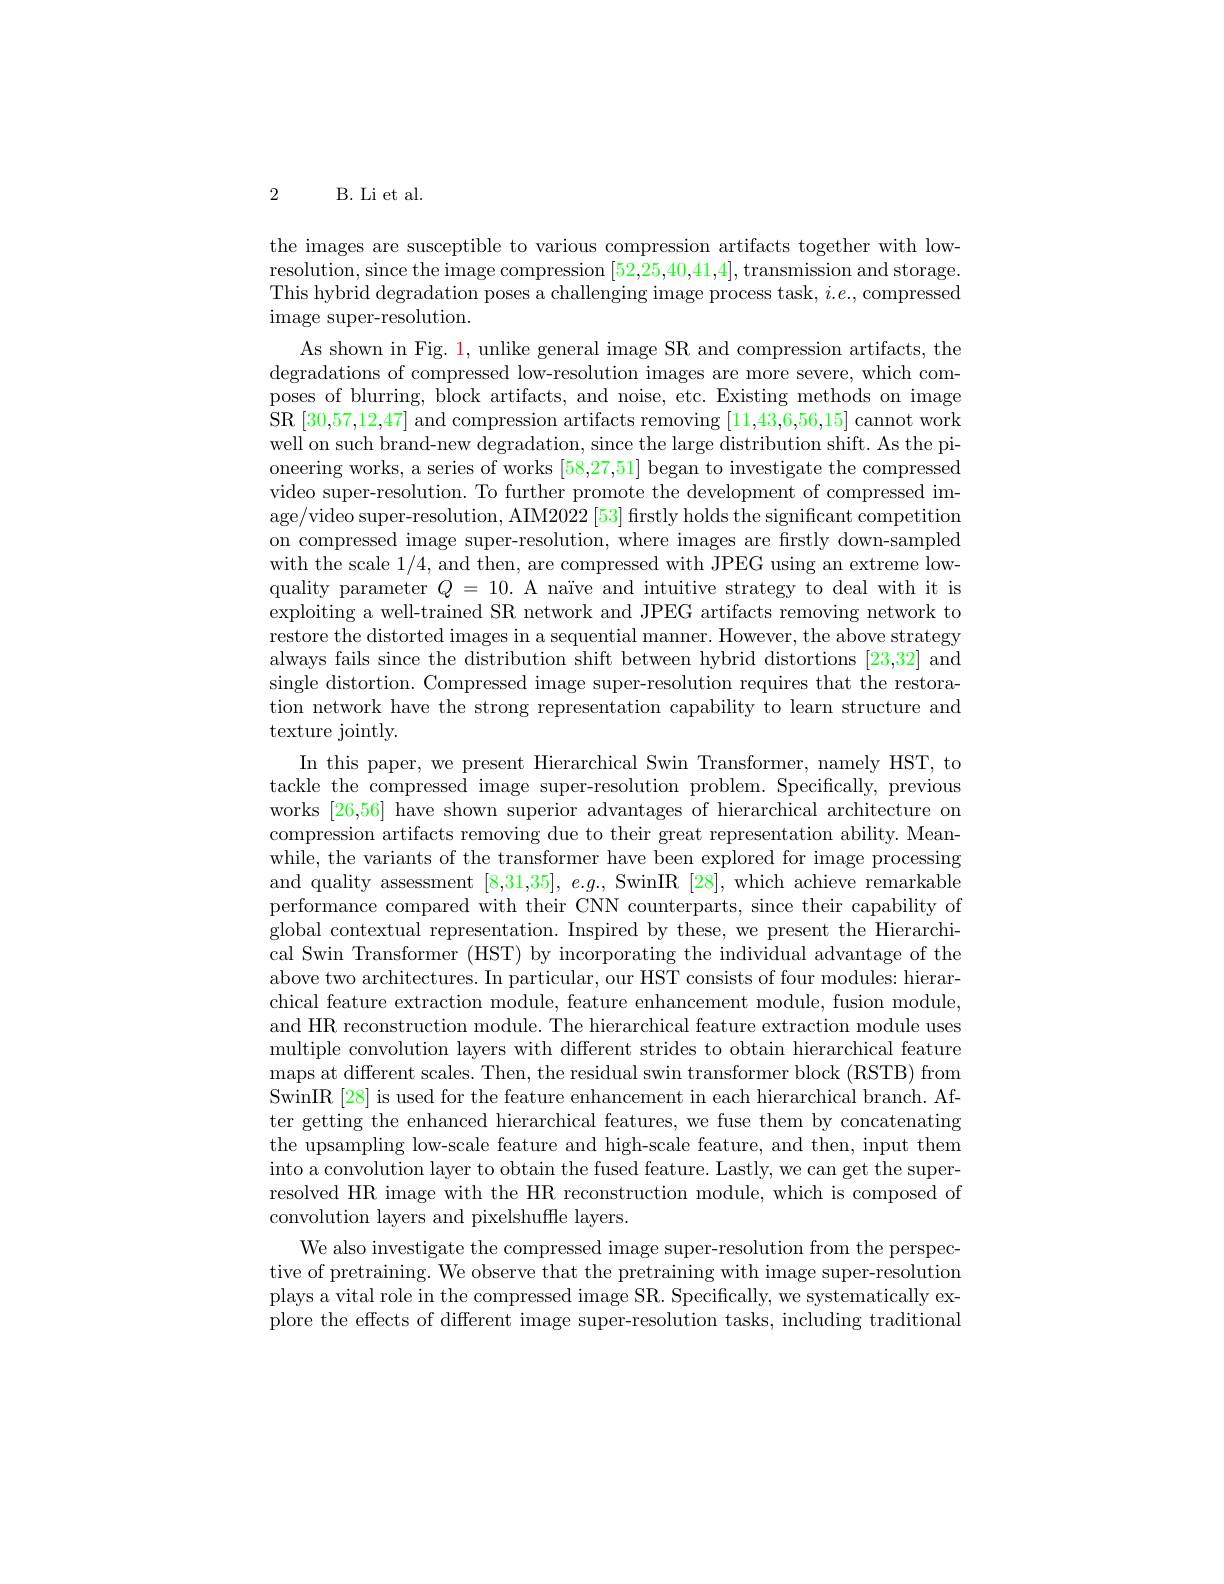
2 B. Li et al.

the images are susceptible to various compression artifacts together with lowresolution, since the image compression [52,25,40,41,4], transmission and storage. This hybrid degradation poses a challenging image process task, $i.e.$,compressed ${\mathrm{image~super-resolution.}}$
As shown in Fig. 1, unlike general image SR and compression artifacts, the degradations of compressed low-resolution images are more severe, which composes of blurring, block artifacts, and noise, etc. Existing methods on image SR [30,57,12,47] and compression artifacts removing [11,43,6,56,15] cannot work well on such brand-new degradation, since the large distribution shift. As the pioneering works, a series of works [58,27,51] began to investigate the compressed video super-resolution. To further promote the development of compressed image/video super-resolution, AIM2022 [53] firstly holds the significant competition on compressed image super-resolution, where images are firstly down-sampled with the scale 1/4, and then, are compressed with JPEG using an extreme lowquality parameter $Q=10.$ A naïve and intuitive strategy to deal with it is exploiting a well-trained SR network and JPEG artifacts removing network to restore the distorted images in a sequential manner. However, the above strategy always fails since the distribution shift between hybrid distortions [23,32] and single distortion. Compressed image super-resolution requires that the restoration network have the strong representation capability to learn structure and texture jointly.
In this paper, we present Hierarchical Swin Transformer, namely HST, to tackle the compressed image super-resolution problem.Specifically, previous works [26,56] have shown superior advantages of hierarchical architecture on compression artifacts removing due to their great representation ability. Meanwhile, the variants of the transformer have been explored for image processing and quality assessment $[8,31,35],e.g.$, SwinIR [28], which achieve remarkable performance compared with their CNN counterparts, since their capability of global contextual representation. Inspired by these, we present the Hierarchical Swin Transformer (HST) by incorporating the individual advantage of the above two architectures. In particular, our HST consists of four modules: hierarchical feature extraction module, feature enhancement module, fusion module, and HR reconstruction module. The hierarchical feature extraction module uses multiple convolution layers with different strides to obtain hierarchical feature maps at different scales. Then, the residual swin transformer block (RSTB) from SwinIR [28] is used for the feature enhancement in each hierarchical branch. After getting the enhanced hierarchical features, we fuse them by concatenating the upsampling low-scale feature and high-scale feature, and then, input them into a convolution layer to obtain the fused feature. Lastly, we can get the superresolved HR image with the HR reconstruction module, which is composed of convolution layers and pixelshuffle layers.
We also investigate the compressed image super-resolution from the perspective of pretraining. We observe that the pretraining with image super-resolution plays a vital role in the compressed image SR. Specifically, we systematically explore the effects of different image super-resolution tasks, including traditional